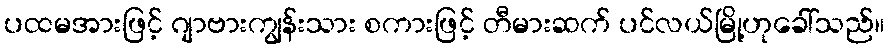
ပထမအားဖြင့် ဂျာဗားကျွန်းသား စကားဖြင့် တီမားဆက် ပင်လယ်မြို့ဟုခေါ်သည်။